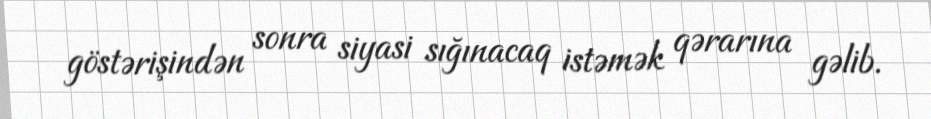
göstərişindən sonra siyasi sığınacaq istəmək qərarına gəlib.